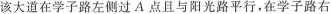
该大道在学子路左侧过A点且与阳光路平行，在学子路右